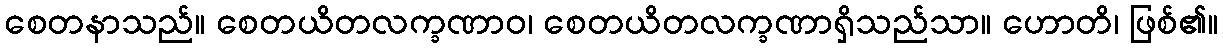
စေတနာသည်။ စေတယိတလက္ခဏာဝ၊ စေတယိတလက္ခဏာရှိသည်သာ။ ဟောတိ၊ ဖြစ်၏။